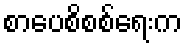
စာပေစိစစ်ရေးက